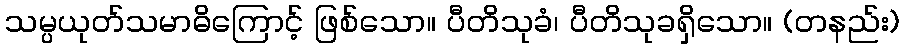
သမ္ပယုတ်သမာဓိကြောင့် ဖြစ်သော။ ပီတိသုခံ၊ ပီတိသုခရှိသော။ (တနည်း)